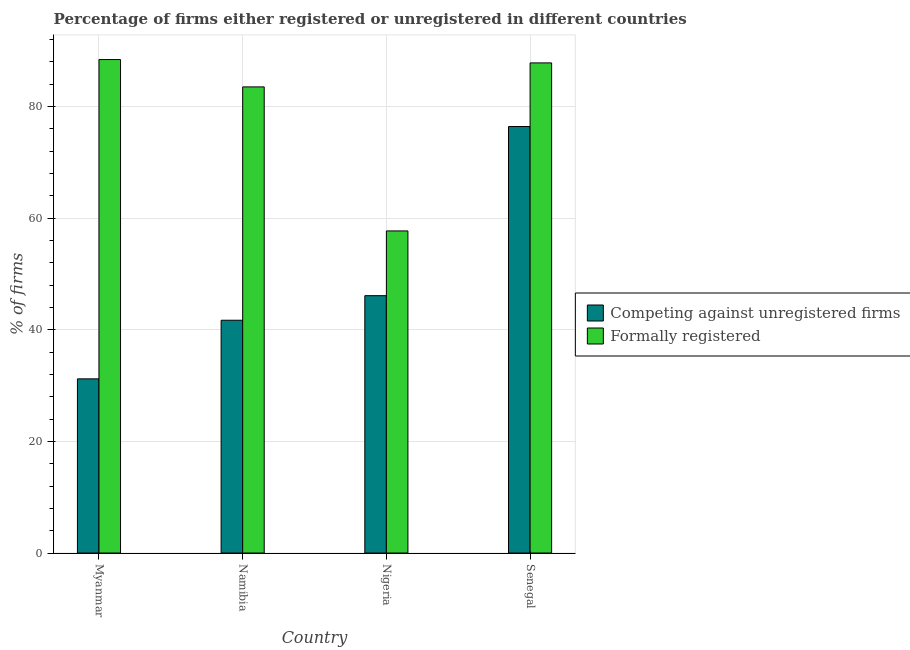
| Country | Competing against unregistered firms | Formally registered |
 | --- | --- | --- |
 | Myanmar | 31.2 | 88.4 |
 | Namibia | 41.7 | 83.5 |
 | Nigeria | 46.1 | 57.7 |
 | Senegal | 76.4 | 87.8 |